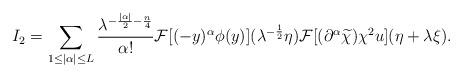
LaTeX: \begin{align*} I_2 &=\sum_{1\le|\alpha|\le L} \dfrac{\lambda^{-\frac{|\alpha|}{2}-\frac{n}{4}}}{\alpha !} \mathcal{F}[(-y)^\alpha \phi (y)](\lambda^{-\frac{1}{2}}\eta) \mathcal{F}[(\partial^\alpha \widetilde{\chi})\chi^2 u] (\eta +\lambda\xi). \end{align*}